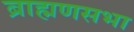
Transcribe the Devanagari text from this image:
ब्राह्मणसभा